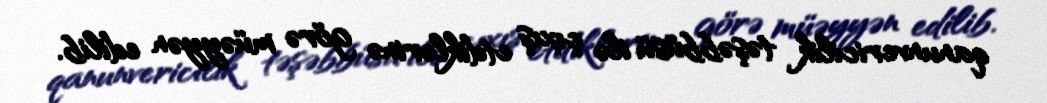
qanunvericilik təşəbbüsü ilə çıxış etdiklərinə görə müəyyən edilib.